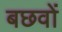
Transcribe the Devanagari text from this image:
बछवों